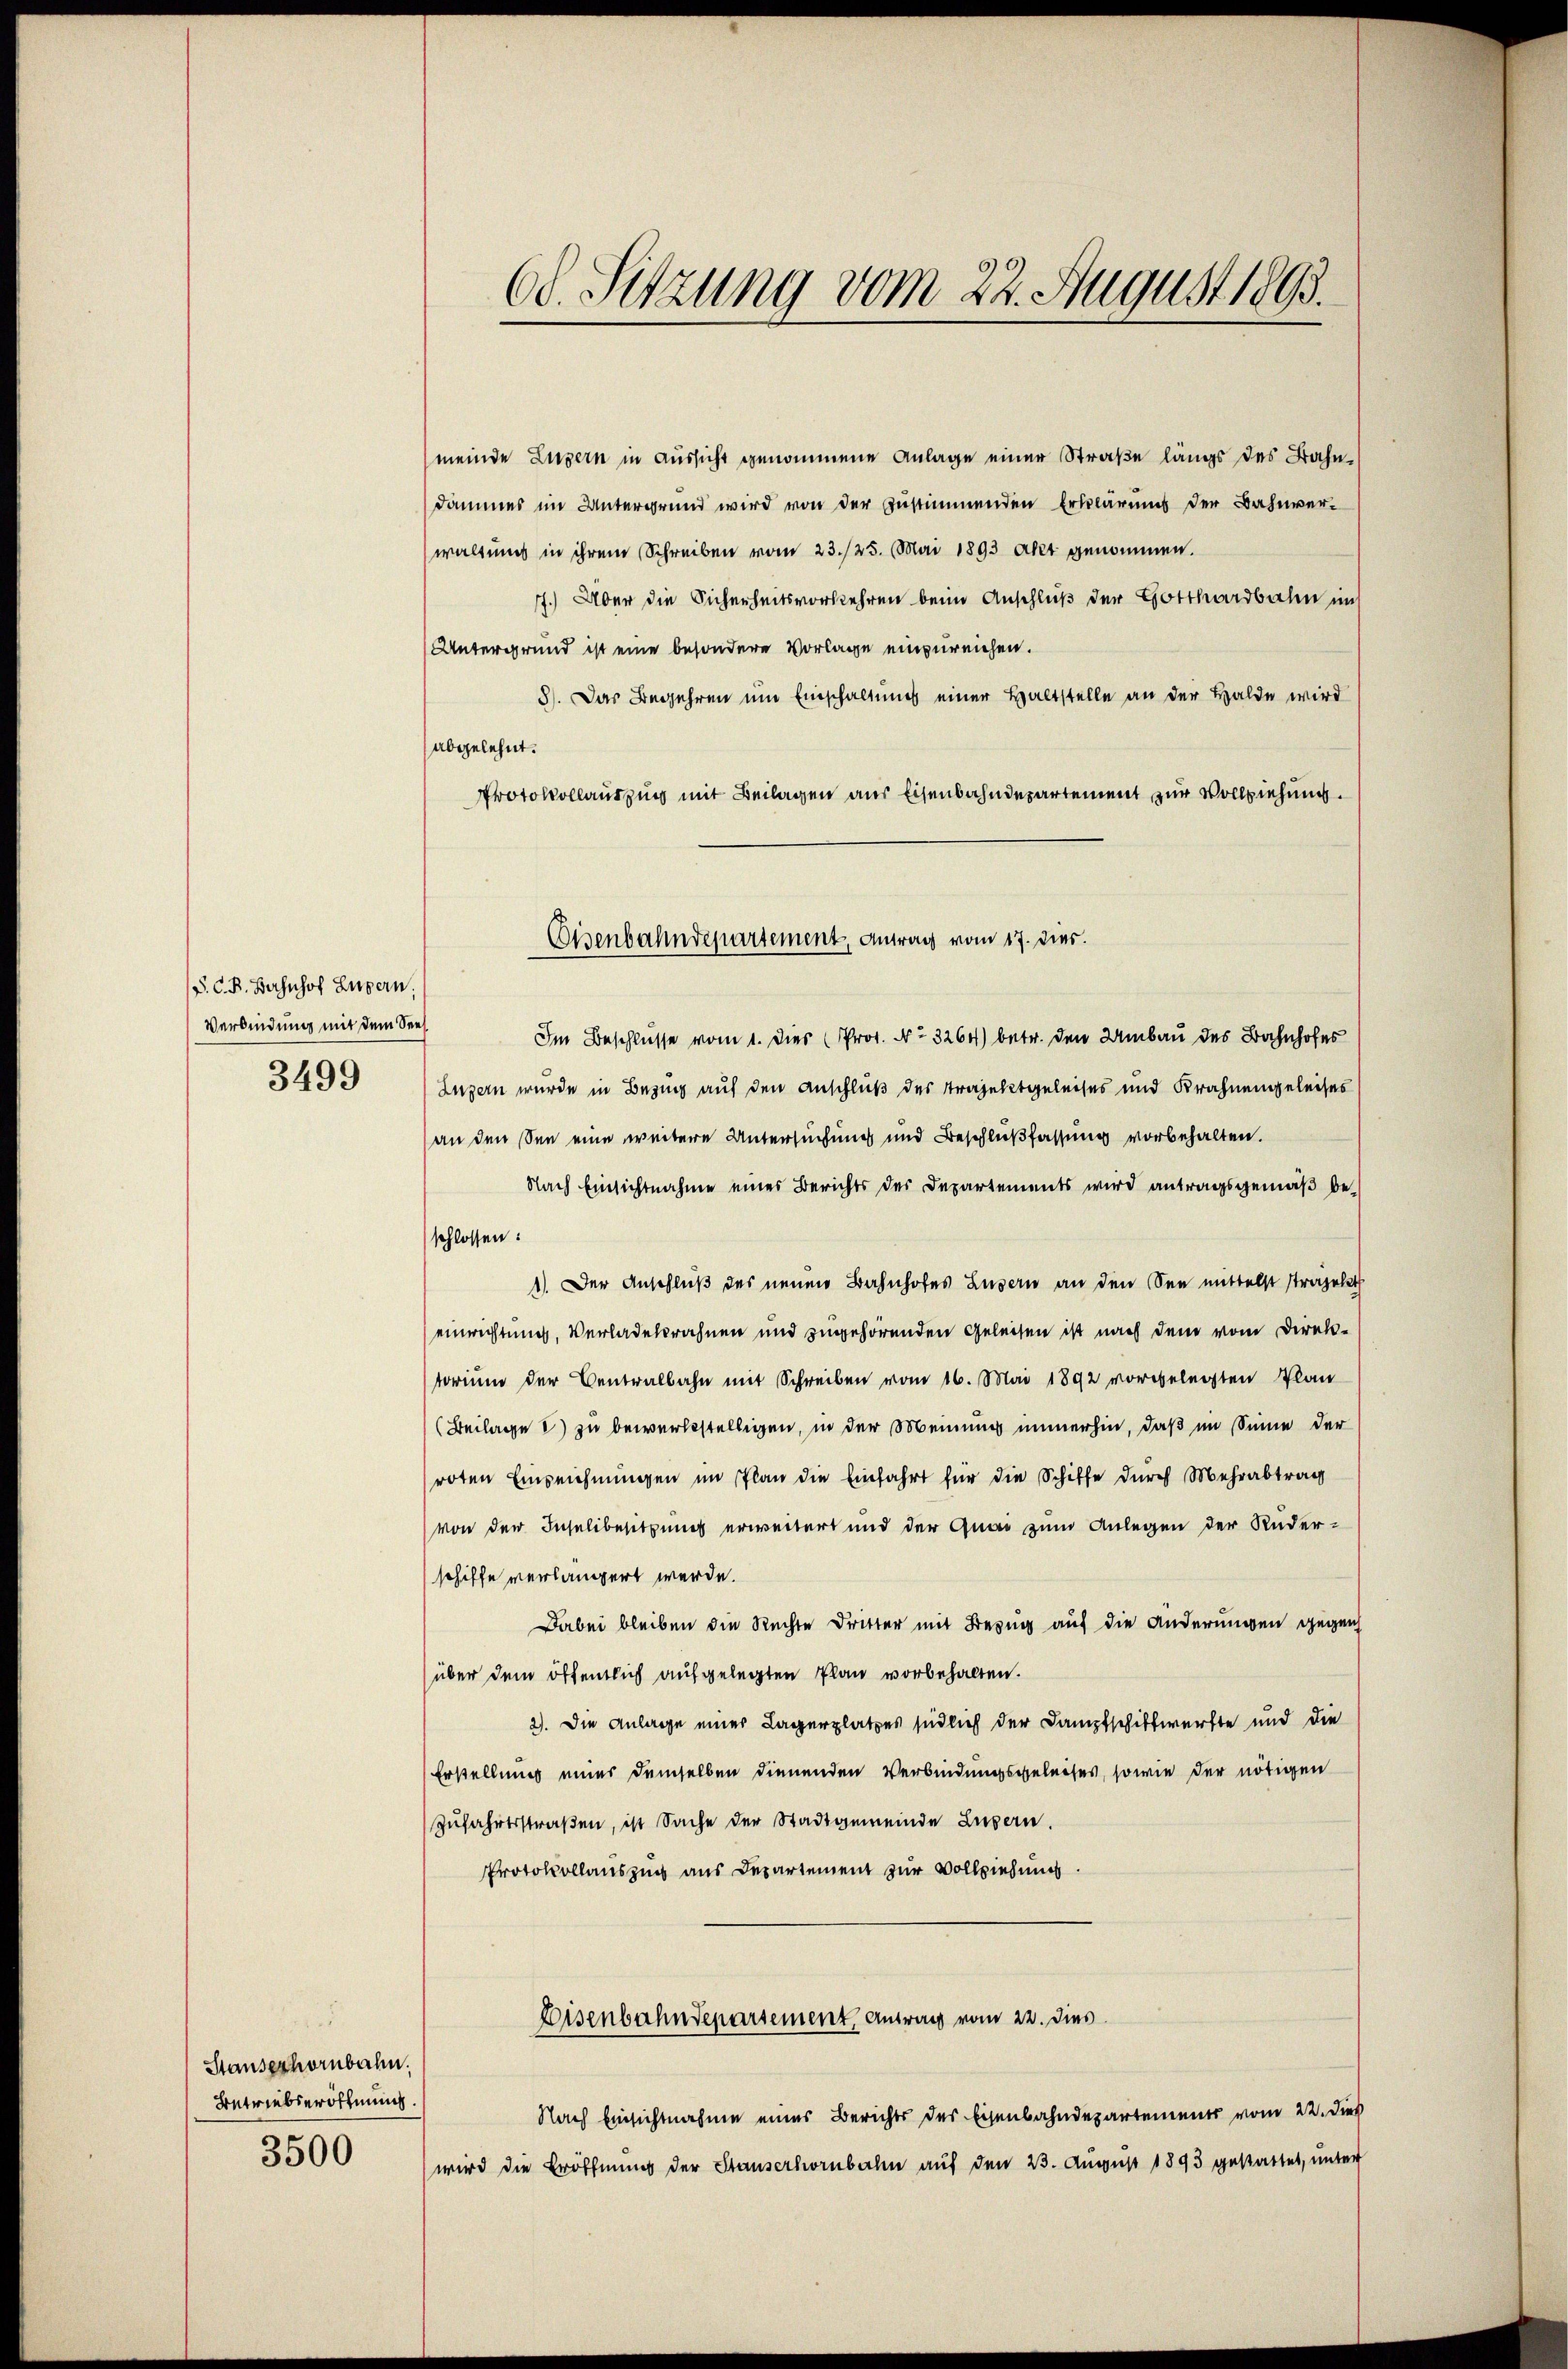
(S. C. B. Bershof Luzern,
Verbindung mit dem See
3499

meinde Luzern in Aussicht genommene Anlage einer Straße längs des Bahndammes im Untergrund wird von der zustimmenden Erklärung der Bahnverwaltung in ihrem Schreiben vom 23./25. Mai 1893 Akt genommen.
7.) Über die Sicherheitsvorkehren beim Anschluß der Gotthardbahn im
Untergrund ist eine besondere Vorlage einzureichen.
8). Das Begehren um Einschaltung einer Haltstelle an der Halde wird
abgelehnt.
Protokollauszug mit Beilagen aus Eisenbahndepartement zur Vollziehung.

Im Beschlusse vom 1. Dies (Prot. No 3264) betr. den Umbau des Bahnhofes
Luzern wurde in Bezug auf den Anschluß des Trajektgeleises und Krahnengeleises
an den See eine weitere Untersuchung und Beschlußfassung vorbehalten.
Nach Einsichtnahme eines Berichts des Departements wird antragsgemäß beschlossen:
1). Der Anschluß des neuen Bahnhofes Luzern an den See mittelst sträfekt
einrichtung, Verladelprahnen und zugehörenden Geleisen ist nach dene vom Direktorium der Centralbahn mit Schreiben vom 16. Mai 1892 vorgelegten Plan
(Beilage & zu bewerbsstelligen, in der Meinung immerhin, daß im Sinne der
roten Einzeichnungen im Plan die Einfahrt für die Schiffe durch Mehrabtrag
von der Inselbesitzung erweitert und der Quai zum Anlegen der Ruder-
schiffe verlängert werde.
Dabei bleiben die Rechte Dritter mit Bezug auf die Änderungen gegen
über dem öffentlich aufgelegten Plan vorbehalten.
2). Die Anlage einer Lagerplatzes südlich der Dampfschiftwerfte und die
Erstellung einer demselben dienenden Verbindungsgeleises, sowie der nötigen
Zufahrtsstraßen, ist Sache der Stadtgemeinde Luzern.
Protokollauszug aus Departement zur Vollziehung.

Stauserhörnbahn.
Betriebseröffnung.
3500

60. Sitzung vom 22. August 1895.

Eisenbahndepartement, Antrag vom 17. dies.

Eisenbahndeparsement, Antrag vom 22. dies

Nach Einsichtnahme eines Berichts des Eisenbahndepartements vom 22. dies
wird die Eröffnung der Stauserhörnbahn auf den 23. August 1893 gestattet, unter